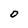
Character: 0